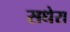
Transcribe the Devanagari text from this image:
सधेरा